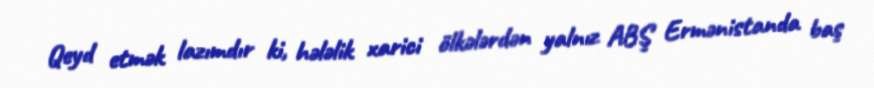
Qeyd etmək lazımdır ki, hələlik xarici ölkələrdən yalnız ABŞ Ermənistanda baş